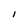
Character: I